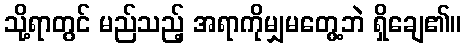
သို့ရာတွင် မည်သည့် အရာကိုမျှမတွေ့ဘဲ ရှိချေ၏။